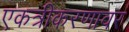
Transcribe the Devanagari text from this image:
एकत्रीकरणावर